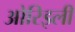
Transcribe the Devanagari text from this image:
ओरिइली